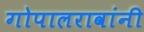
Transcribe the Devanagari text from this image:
गोपालरावांनी